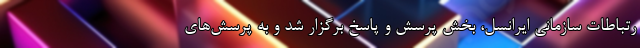
رتباطات سازمانی ایرانسل، بخش پرسش و پاسخ برگزار شد و به پرسش‌های